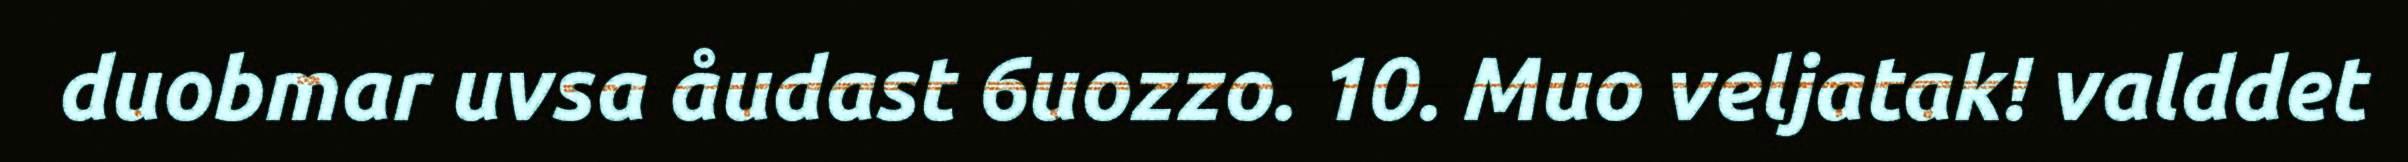
duobmar uvsa åudast 6uozzo. 10. Muo veljatak! valddet